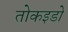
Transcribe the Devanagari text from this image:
तोकइडो